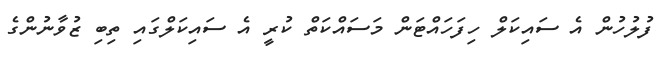
ފުލުހުން އެ ސައިކަލް ހިފަހައްޓަން މަސައްކަތް ކުރީ އެ ސައިކަލްގައި ތިބި ޒުވާނުންގެ